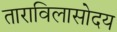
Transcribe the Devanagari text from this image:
ताराविलासोदय